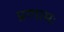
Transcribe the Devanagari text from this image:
प्रणामः